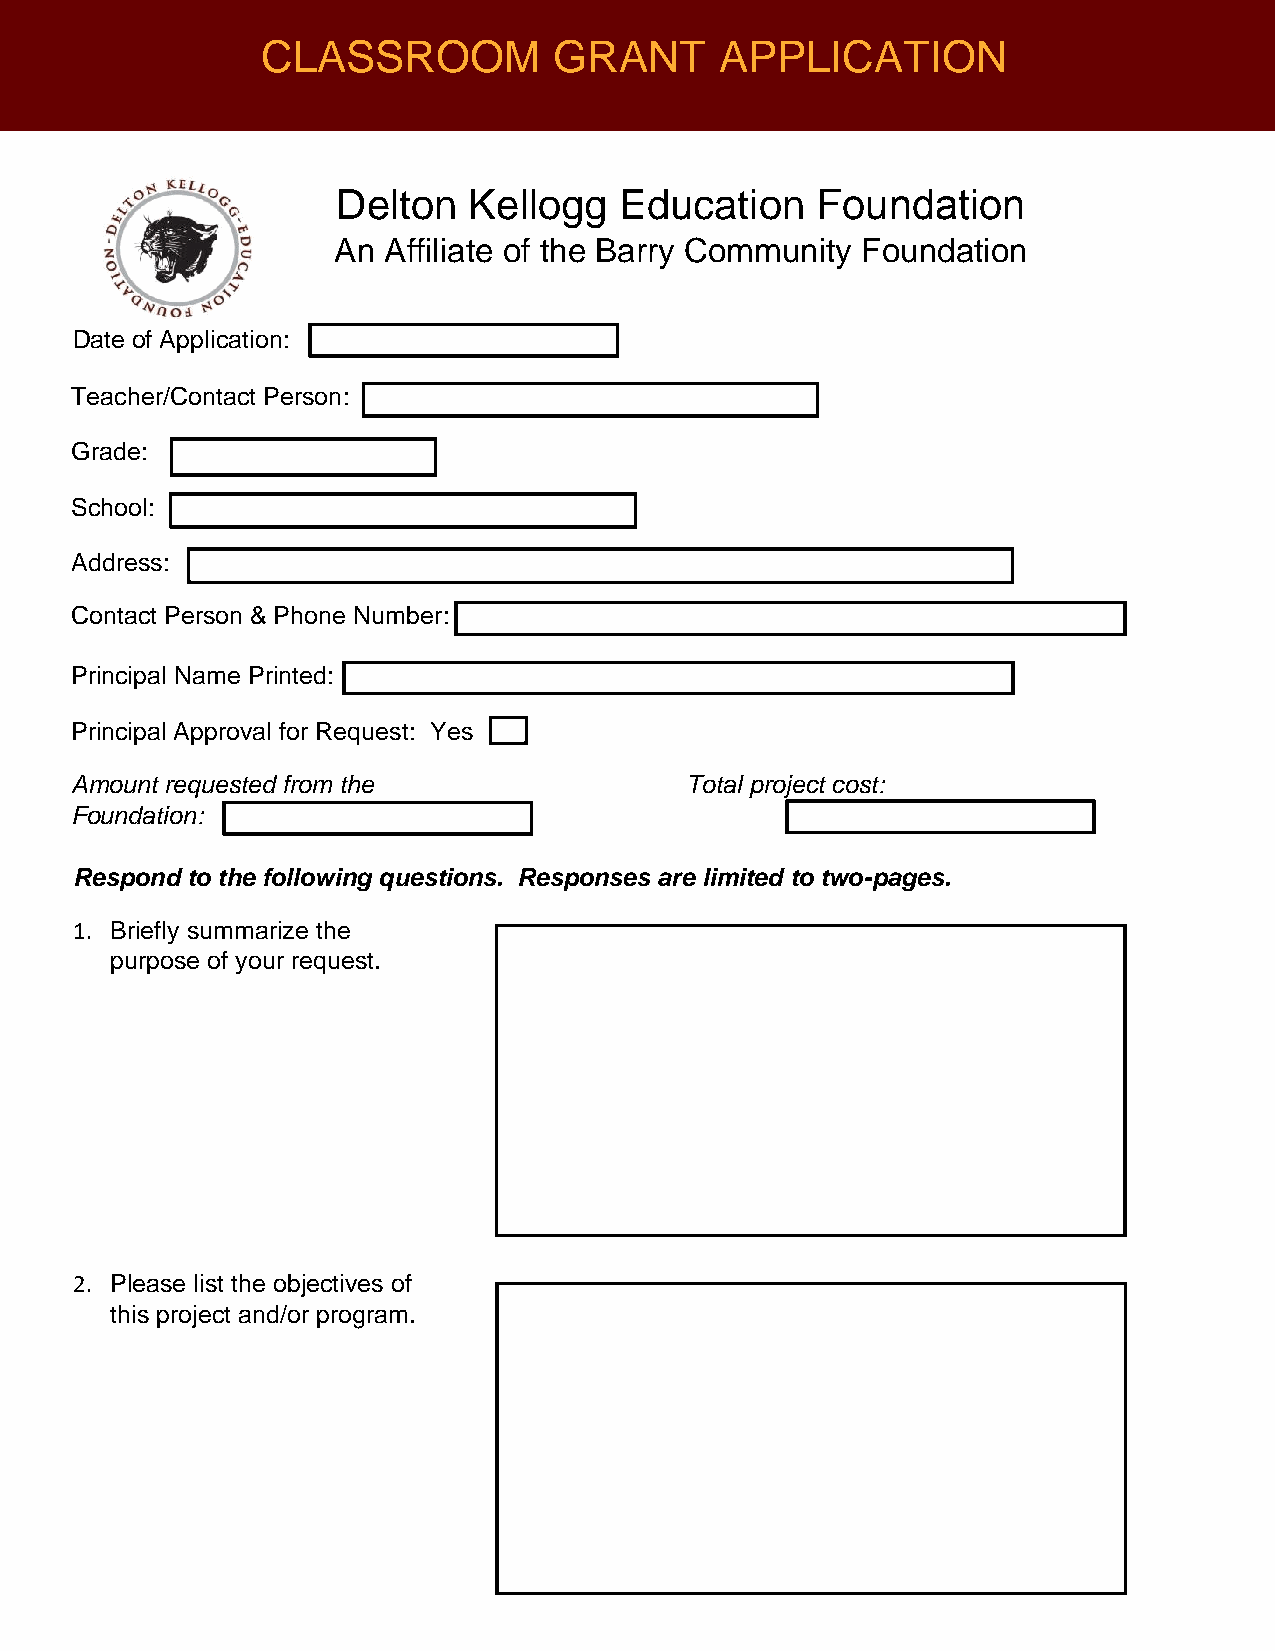
CLASSROOM           GRANT      APPLICATION
 Delton   Kellogg   Education    Foundation
 An AffFilioatuen odf athteio Bna rry Community Foundation
 Date of Application:
 Teacher/Contact Person:
 Grade:
 School:
 Address:
 Contact Person & Phone Number:
 Principal Name Printed:
 Principal Approval for Request: Yes
 Amount requested from the               Total project cost:
 Foundation:
 Respond to the following questions. Responses are limited to two-pages.
 1. Briefly summarize the
 purpose of your request.
 2. Please list the objectives of
 this project and/or program.